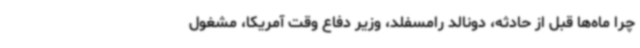
چرا ماه‌ها قبل از حادثه، دونالد رامسفلد، وزیر دفاع وقت آمریکا، مشغول